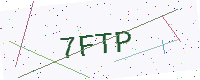
Text: 7FTP